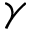
\gamma